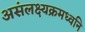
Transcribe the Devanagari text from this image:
असंलक्ष्यक्रमध्वनि